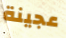
عجينة